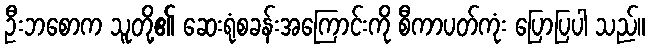
ဦးဘစောက သူတို့၏ ဆေးရုံစခန်းအကြောင်းကို စီကာပတ်ကုံး ပြောပြပါ သည်။